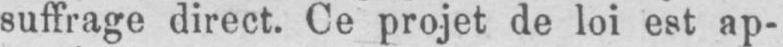
suffrage direct. Ce projet de loi est ap-